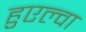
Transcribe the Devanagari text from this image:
हुएल्वा